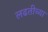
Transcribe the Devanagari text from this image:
लढतीच्या